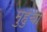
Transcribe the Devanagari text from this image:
मुहुचा